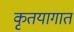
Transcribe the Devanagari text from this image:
कृतयागात